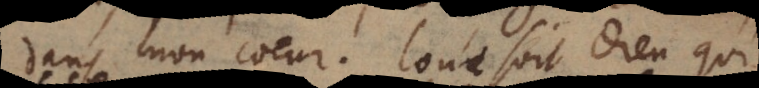
dans mon coeur! Loué soit Dieu qui